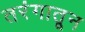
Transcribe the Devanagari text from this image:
तरंगातून